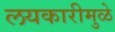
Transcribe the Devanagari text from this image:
लयकारीमुळे